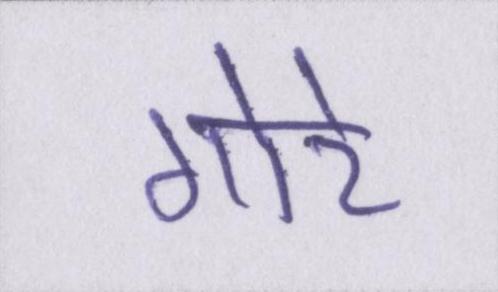
गोरे